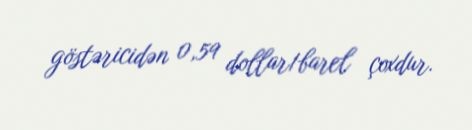
göstəricidən 0,59 dollar/barel çoxdur.